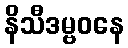
နိသီဒမ္ဗဝနေ